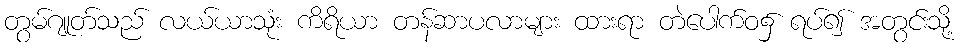
တွမ်ဂျုတ်သည် လယ်ယာသုံး ကိရိယာ တန်ဆာပလာများ ထားရာ တဲပေါက်ဝ၌ ရပ်၍ အတွင်းသို့